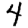
Digit: 4